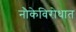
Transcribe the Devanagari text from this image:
नौकेविरोधात